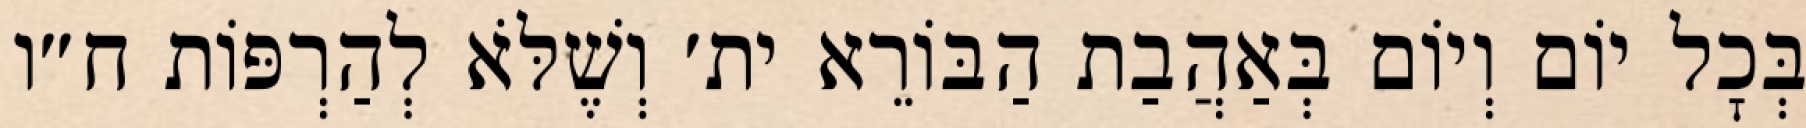
בְּכׇל יוֹם וְיוֹם בְּאַהֲבַת הַבּוֹרֵא ית׳ וְשֶׁלֹּא לְהַרְפּוֹת ח״ו